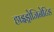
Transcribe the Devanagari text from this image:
हाइड्रोजिनेटिड